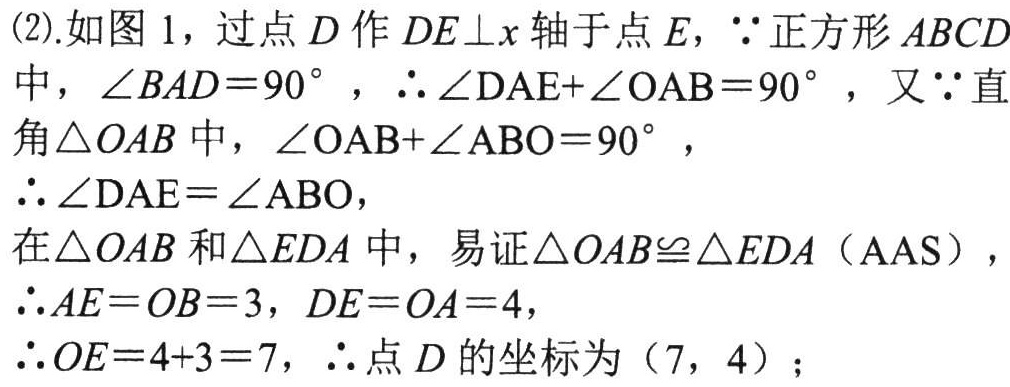
(2).如图 1，过点 \(D\) 作 \(DE\perp x\) 轴于点 \(E\)，\(\because\) 正方形 \(ABCD\) 中，\(\angle BAD = 90^{\circ}\)，\(\therefore\angle DAE+\angle OAB = 90^{\circ}\)，又 \(\because\) 直角 \(\triangle OAB\) 中，\(\angle OAB+\angle ABO = 90^{\circ}\)，
\(\therefore\angle DAE=\angle ABO\)，
在 \(\triangle OAB\) 和 \(\triangle EDA\) 中，易证 \(\triangle OAB\cong\triangle EDA\)（AAS），
\(\therefore AE = OB = 3\)，\(DE = OA = 4\)，
\(\therefore OE=4 + 3=7\)，\(\therefore\) 点 \(D\) 的坐标为（7，4）；